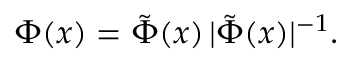
\Phi ( x ) = { \tilde { \Phi } ( x ) } \, { | \tilde { \Phi } ( x ) | ^ { - 1 } } .